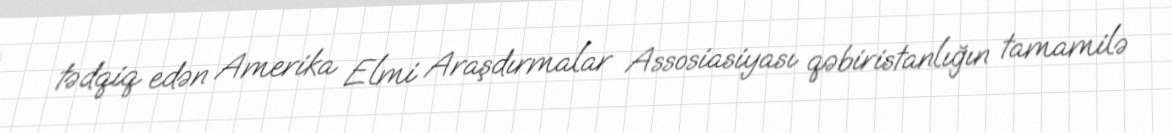
tədqiq edən Amerika Elmi Araşdırmalar Assosiasiyası qəbiristanlığın tamamilə